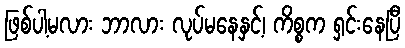
ဖြစ်ပါ့မလား ဘာလား လုပ်မနေနှင့်၊ ကိစ္စက ရှင်းနေပြီ